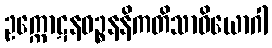
ဥက္ကောဋနဝဉ္စနနိကတိသာဝိယောဂါ